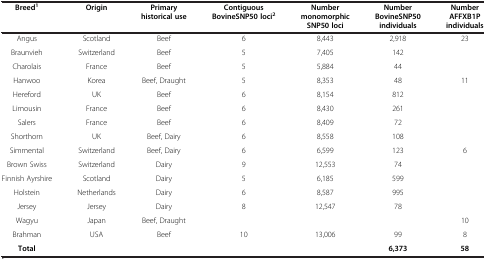
<table><thead><tr><td><b>Breed<sup>1</sup></b></td><td><b>Origin</b></td><td><b>Primary historical use</b></td><td><b>Contiguous BovineSNP50 loci<sup>2</sup></b></td><td><b>Number monomorphic SNP50 loci</b></td><td><b>Number BovineSNP50 individuals</b></td><td><b>Number AFFXB1P individuals</b></td></tr></thead><tbody><tr><td>Angus</td><td>Scotland</td><td>Beef</td><td>6</td><td>8,443</td><td>2,918</td><td>23</td></tr><tr><td>Braunvieh</td><td>Switzerland</td><td>Beef</td><td>5</td><td>7,405</td><td>142</td><td> </td></tr><tr><td>Charolais</td><td>France</td><td>Beef</td><td>5</td><td>5,884</td><td>44</td><td> </td></tr><tr><td>Hanwoo</td><td>Korea</td><td>Beef, Draught</td><td>5</td><td>8,353</td><td>48</td><td>11</td></tr><tr><td>Hereford</td><td>UK</td><td>Beef</td><td>6</td><td>8,154</td><td>812</td><td> </td></tr><tr><td>Limousin</td><td>France</td><td>Beef</td><td>6</td><td>8,430</td><td>261</td><td> </td></tr><tr><td>Salers</td><td>France</td><td>Beef</td><td>6</td><td>8,409</td><td>72</td><td> </td></tr><tr><td>Shorthorn</td><td>UK</td><td>Beef, Dairy</td><td>6</td><td>8,558</td><td>108</td><td> </td></tr><tr><td>Simmental</td><td>Switzerland</td><td>Beef, Dairy</td><td>6</td><td>6,599</td><td>123</td><td>6</td></tr><tr><td>Brown Swiss</td><td>Switzerland</td><td>Dairy</td><td>9</td><td>12,553</td><td>74</td><td> </td></tr><tr><td>Finnish Ayrshire</td><td>Scotland</td><td>Dairy</td><td>5</td><td>6,185</td><td>599</td><td> </td></tr><tr><td>Holstein</td><td>Netherlands</td><td>Dairy</td><td>6</td><td>8,587</td><td>995</td><td> </td></tr><tr><td>Jersey</td><td>Jersey</td><td>Dairy</td><td>8</td><td>12,547</td><td>78</td><td> </td></tr><tr><td>Wagyu</td><td>Japan</td><td>Beef, Draught</td><td> </td><td> </td><td> </td><td>10</td></tr><tr><td>Brahman</td><td>USA</td><td>Beef</td><td>10</td><td>13,006</td><td>99</td><td>8</td></tr><tr><td><b>Total</b></td><td> </td><td> </td><td> </td><td> </td><td><b>6,373</b></td><td><b>58</b></td></tr></tbody></table>